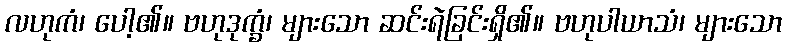
လဟုကံ၊ ပေါ့၏။ ဗဟုဒုက္ခံ၊ များသော ဆင်းရဲခြင်းရှိ၏။ ဗဟုပါယာသံ၊ များသော